Indian journal of veterinary science and animal husbandry - Volume 11,
Year: 1941
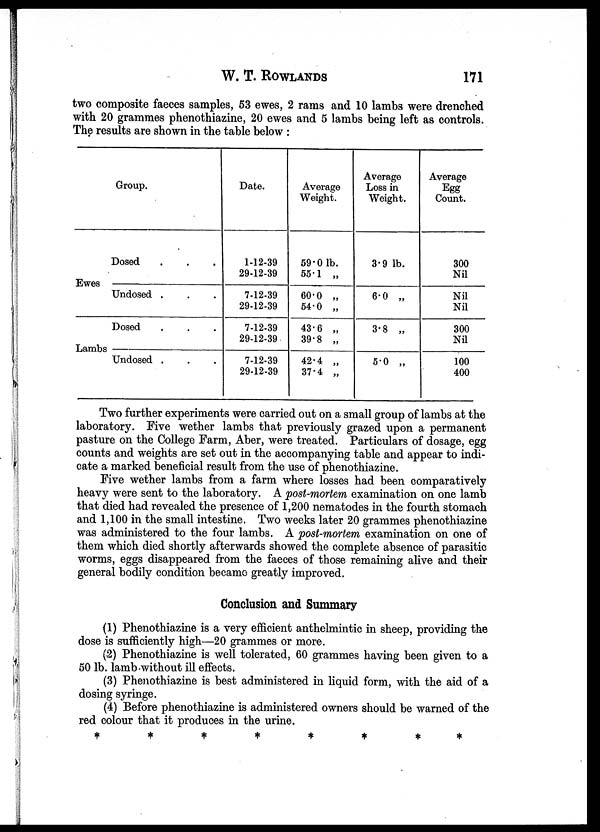
W. T.
ROWLANDS
171
two composite faeces samples, 53 ewes, 2 rams and 10 lambs were drenched
with 20 grammes phenothiazine, 20 ewes and 5 lambs being left as controls.
The results are shown in the table below :
Group.
Ewes
Lambs
Dosed . . .
Undosed . . .
Dosed . . .
Undosed . . .
Date.
1-12-39
29-12-39
7-12-39
29-12-39
7-12-39
29-12-39
7-12-39
29-12-39
Average
Weight.
59.0 lb.
55.1 „
60.0 „
54.0 „
43.6 „
39.8 „
42.4 „
37.4 „
Average
Loss in
Weight.
3.9 lb.
6.0 „
3.8 „
5.0 „
Average
Egg
Count.
300
Nil
Nil
Nil
300
Nil
100
400
Two further experiments were carried out on a small group of lambs at the
laboratory. Five wether lambs that previously grazed upon a permanent
pasture on the College Farm, Aber, were treated. Particulars of dosage, egg
counts and weights are set out in the accompanying table and appear to indi-
cate a marked beneficial result from the use of phenothiazine.
Five wether lambs from a farm where losses had been comparatively
heavy were sent to the laboratory. A post-mortem examination on one lamb
that died had revealed the presence of 1,200 nematodes in the fourth stomach
and 1,100 in the small intestine. Two weeks later 20 grammes phenothiazine
was administered to the four lambs. A post-mortem examination on one of
them which died shortly afterwards showed the complete absence of parasitic
worms, eggs disappeared from the faeces of those remaining alive and their
general bodily condition became greatly improved.
Conclusion and Summary
(1) Phenothiazine is a very efficient anthelmintic in sheep, providing the
dose is sufficiently high—20 grammes or more.
(2) Phenothiazine is well tolerated, 60 grammes having been given to a
50 lb. lamb-without ill effects.
(3) Phenothiazine is best administered in liquid form, with the aid of a
dosing syringe.
(4) Before phenothiazine is administered owners should be warned of the
red colour that it produces in the urine.
*
*
*
*
*
*
*
*